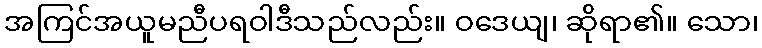
အကြင်အယူမညီပရဝါဒီသည်လည်း။ ဝဒေယျ၊ ဆိုရာ၏။ သော၊